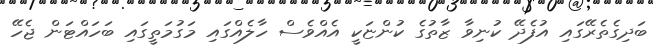
ބަދިގެތެރޭގައި އުފެދޭ ކުނިވާ ޒާތުގެ ކުންޏަކީ އެއްވެސް ހާލެއްގައި މަގުމަތީގައި ބަހައްޓަން ޖެހޭ